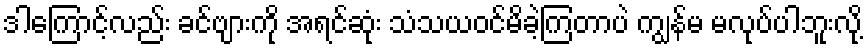
ဒါကြောင့်လည်း ခင်ဗျားကို အရင်ဆုံး သံသယဝင်မိခဲ့ကြတာပဲ ကျွန်မ မလုပ်ပါဘူးလို့